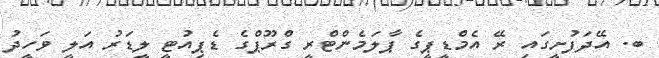
ބ. އޭދަފުށީގައި ރޭ އެމްޑީޕީގެ ޕާލަމެންޓްރީ ގްރޫޕްގެ ޑެޕިއުޓީ ލީޑަރު އަލީ ވަހީދު